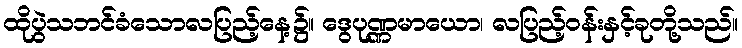
ထိုပွဲသဘင်ခံသောလပြည့်နေ့၌။ ဒွေပုဏ္ဏမာယော၊ လပြည့်ဝန်းနှင့်ခုတို့သည်။